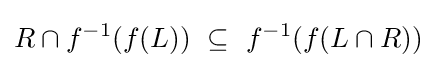
R\cap f^{-1}(f(L))~\subseteq ~f^{-1}(f(L\cap R))